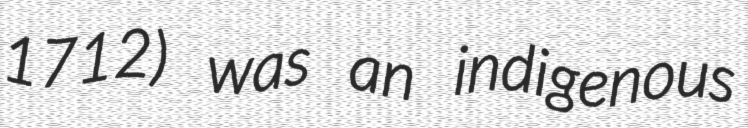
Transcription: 1712) was an indigenous